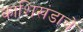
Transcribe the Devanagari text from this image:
काशिखंडाचे